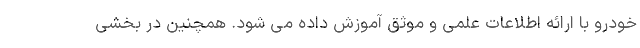
خودرو با ارائه اطلاعات علمی و موثق آموزش داده می شود. همچنین در بخشی